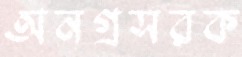
অনগ্রসরক